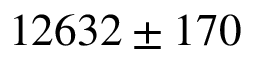
1 2 6 3 2 \pm 1 7 0